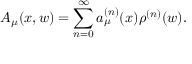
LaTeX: A _ { \mu } ( x , w ) = \sum _ { n = 0 } ^ { \infty } a _ { \mu } ^ { ( n ) } ( x ) \rho ^ { ( n ) } ( w ) .